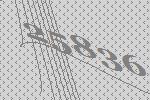
25836